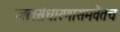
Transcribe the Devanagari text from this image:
जलसंधारणासमवेतच